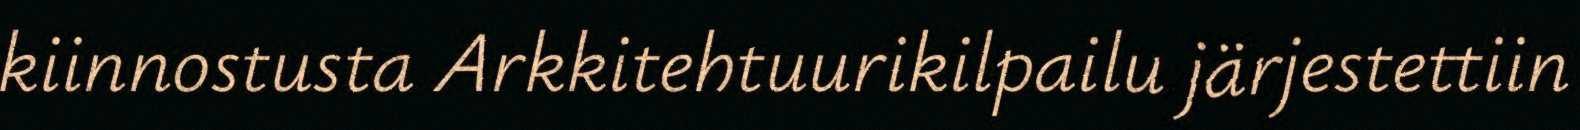
kiinnostusta Arkkitehtuurikilpailu järjestettiin